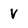
Character: V